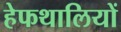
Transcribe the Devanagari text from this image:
हेफथालियों